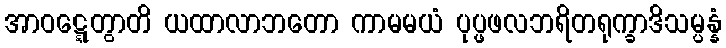
အာဝဋ္ဋေတွာတိ ယထာလာဘတော ကာမမယံ ပုပ္ဖဖလဘရိတရုက္ခာဒိသမ္ပန္နံ